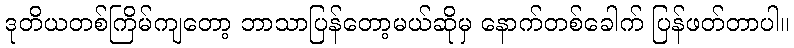
ဒုတိယတစ်ကြိမ်ကျတော့ ဘာသာပြန်တော့မယ်ဆိုမှ နောက်တစ်ခေါက် ပြန်ဖတ်တာပါ။